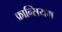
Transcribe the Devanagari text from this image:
फ्रान्सियम